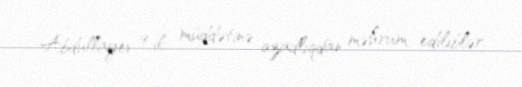
Abdullayev 9 il müddətinə azadlıqdan məhrum ediliblər.